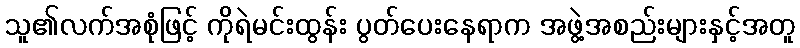
သူ၏လက်အစုံဖြင့် ကိုရဲမင်းထွန်း ပွတ်ပေးနေရာက အဖွဲ့အစည်းများနှင့်အတူ